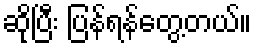
ဆိုပြီး ပြန်ရန်တွေ့တယ်။